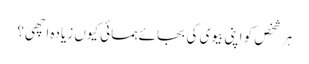
ہر شخص کو اپنی بیوی کی بجائے ہمسائی کیوں زیادہ اچھی ؟